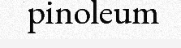
pinoleum